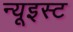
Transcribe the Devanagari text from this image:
न्यूइस्ट